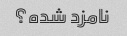
نامزد شده؟